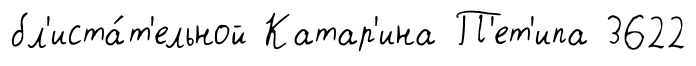
бл'иста́т'ельной Катар'ина П'ет'ипа 3622